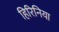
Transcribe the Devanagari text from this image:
हिरिनिया